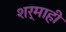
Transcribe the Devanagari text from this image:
शर्माही